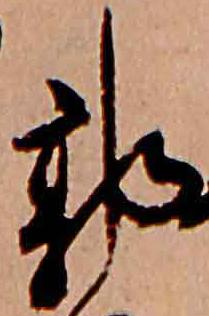
郭